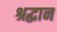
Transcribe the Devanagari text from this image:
श्रद्धान